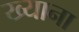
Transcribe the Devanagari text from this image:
ख्याना